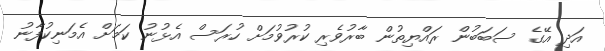
އަދި އޭގެ ސަބަބުން ރައްޔިތުން ބާރުވެރި ކުރުވުމަށް ހުރަސް އެޅުނު ކަމަށް އެމަނިކުފާނު